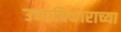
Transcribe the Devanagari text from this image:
उच्चाधिकाराच्या